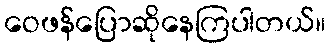
ဝေဖန်ပြောဆိုနေကြပါတယ်။